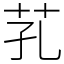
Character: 芤